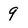
Character: 9